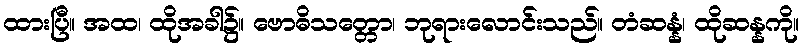
ထားပြီ။ အထ၊ ထိုအခါ၌။ ဗောဓိသတ္တော၊ ဘုရားလောင်းသည်။ တံဆန္နံ၊ ထိုဆန္နကို။